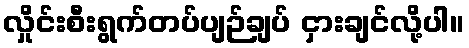
လှိုင်းစီးရွက်တပ်ပျဉ်ချပ် ငှားချင်လို့ပါ။